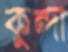
কুন্দা